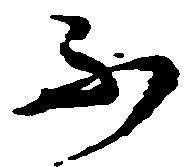
不